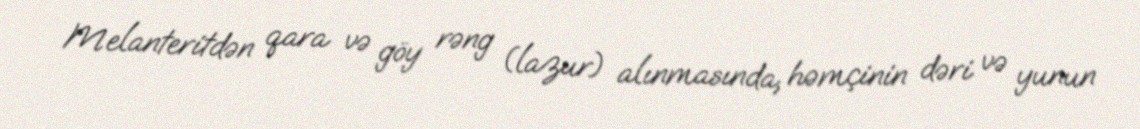
Melanteritdən qara və göy rəng (lazur) alınmasında, həmçinin dəri və yunun